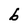
Character: b